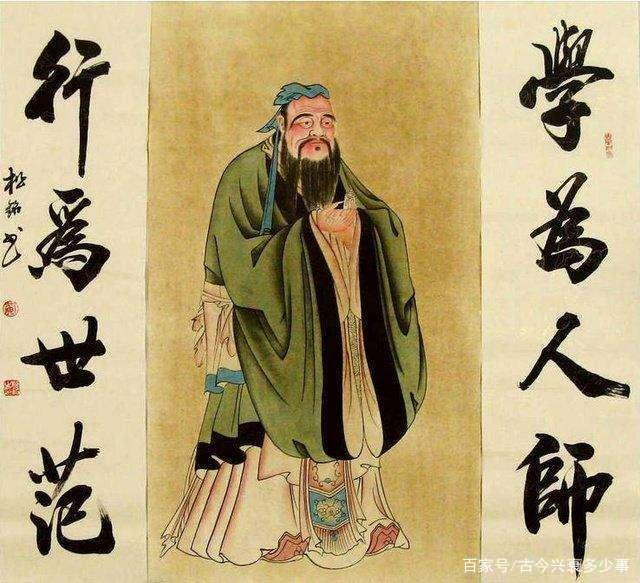
天行有常，不为尧存，不为桀亡。应之以治则吉，应之以乱则凶。